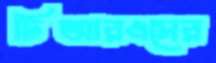
টিআরএসের